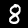
Digit: 8